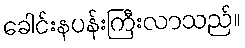
ခေါင်းနပန်းကြီးလာသည်။